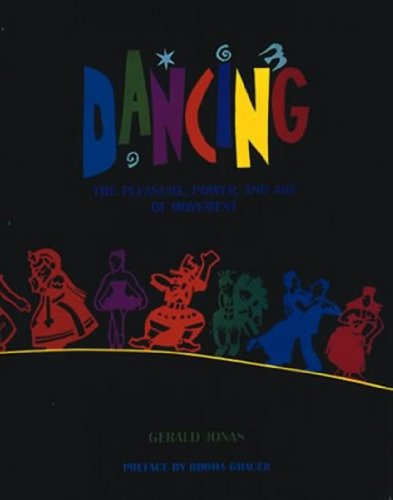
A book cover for Dancing: The Pleasure, Power, and Art of Movement; Gerald Jonas; Humor & Entertainment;